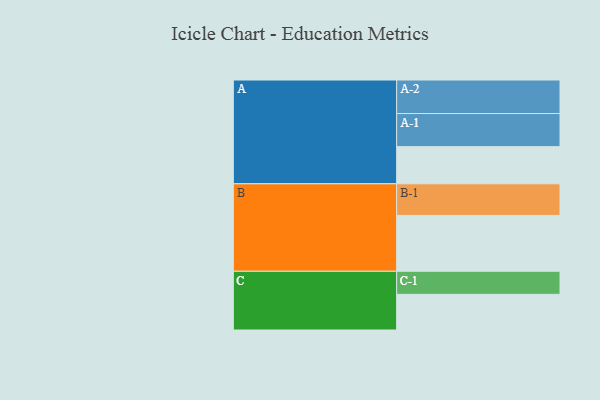
{"axis": {"x": "Segment", "y": "Value"}, "legend": ["", "A", "B", "C"], "data": [{"x": "A", "y": 328, "type": ""}, {"x": "B", "y": 493, "type": ""}, {"x": "C", "y": 315, "type": ""}, {"x": "A-1", "y": 292, "type": "A"}, {"x": "A-2", "y": 296, "type": "A"}, {"x": "B-1", "y": 279, "type": "B"}, {"x": "C-1", "y": 203, "type": "C"}]}